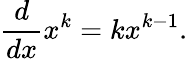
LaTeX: {\frac{d}{dx}}x^{k}=kx^{k-1}.